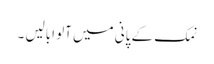
نمک کے پانی میں آلو ابالیں ۔